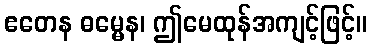
ဧတေန ဓမ္မေန၊ ဤမေထုန်အကျင့်ဖြင့်။